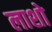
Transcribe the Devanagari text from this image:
लाशो